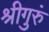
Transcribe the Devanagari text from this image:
श्रीगुरुं